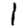
Digit: 1